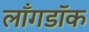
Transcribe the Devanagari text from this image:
लाँगडॉक